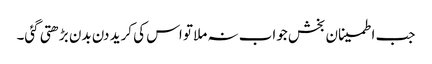
جب اطمینان بخش جواب نہ ملا تو اس کی کرید دن بدن بڑھتی گئی۔